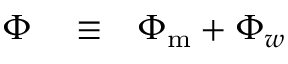
\begin{array} { r l r } { \Phi } & { { } \equiv } & { \Phi _ { \mathrm { m } } + \Phi _ { w } } \end{array}